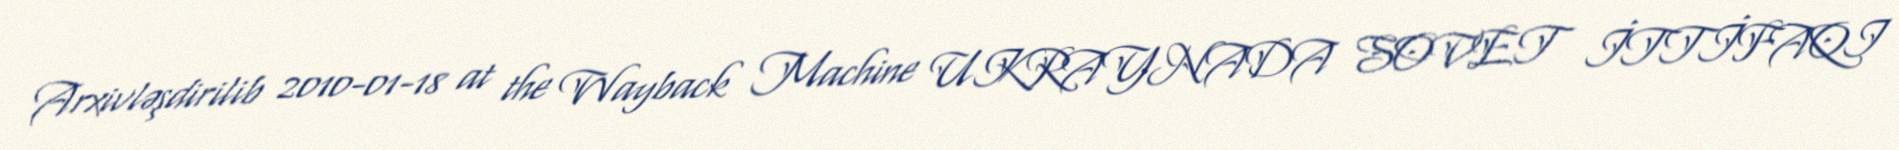
Arxivləşdirilib 2010-01-18 at the Wayback Machine UKRAYNADA SOVET İTTİFAQI